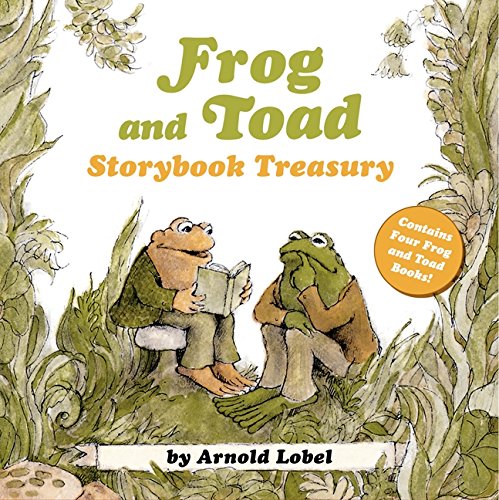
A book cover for Frog and Toad Storybook Treasury (I Can Read Level 2); Arnold Lobel; Children's Books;